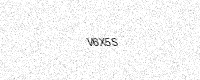
Text: V6X5S